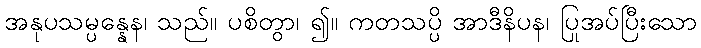
အနုပသမ္ပန္နေန၊ သည်။ ပစိတွာ၊ ၍။ ကတသပ္ပိ အာဒီနိပန၊ ပြုအပ်ပြီးသော